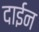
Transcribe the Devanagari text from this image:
दाईन